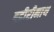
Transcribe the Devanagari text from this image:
बद्रीरीनाथ